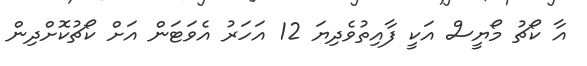
އާ ކޯޗު މޯޔީސް އަކީ ފާއިތުވެދިޔަ 12 އަހަރު އެވަޓަން އަށް ކޯޗުކޮށްދިން